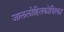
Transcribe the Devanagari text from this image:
जाललोहितकोशिका